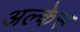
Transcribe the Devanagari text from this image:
अल्केस